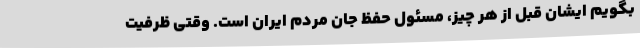
بگویم ایشان قبل از هر چیز، مسئول حفظ جان مردم ایران است. وقتی ظرفیت